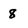
Character: 8